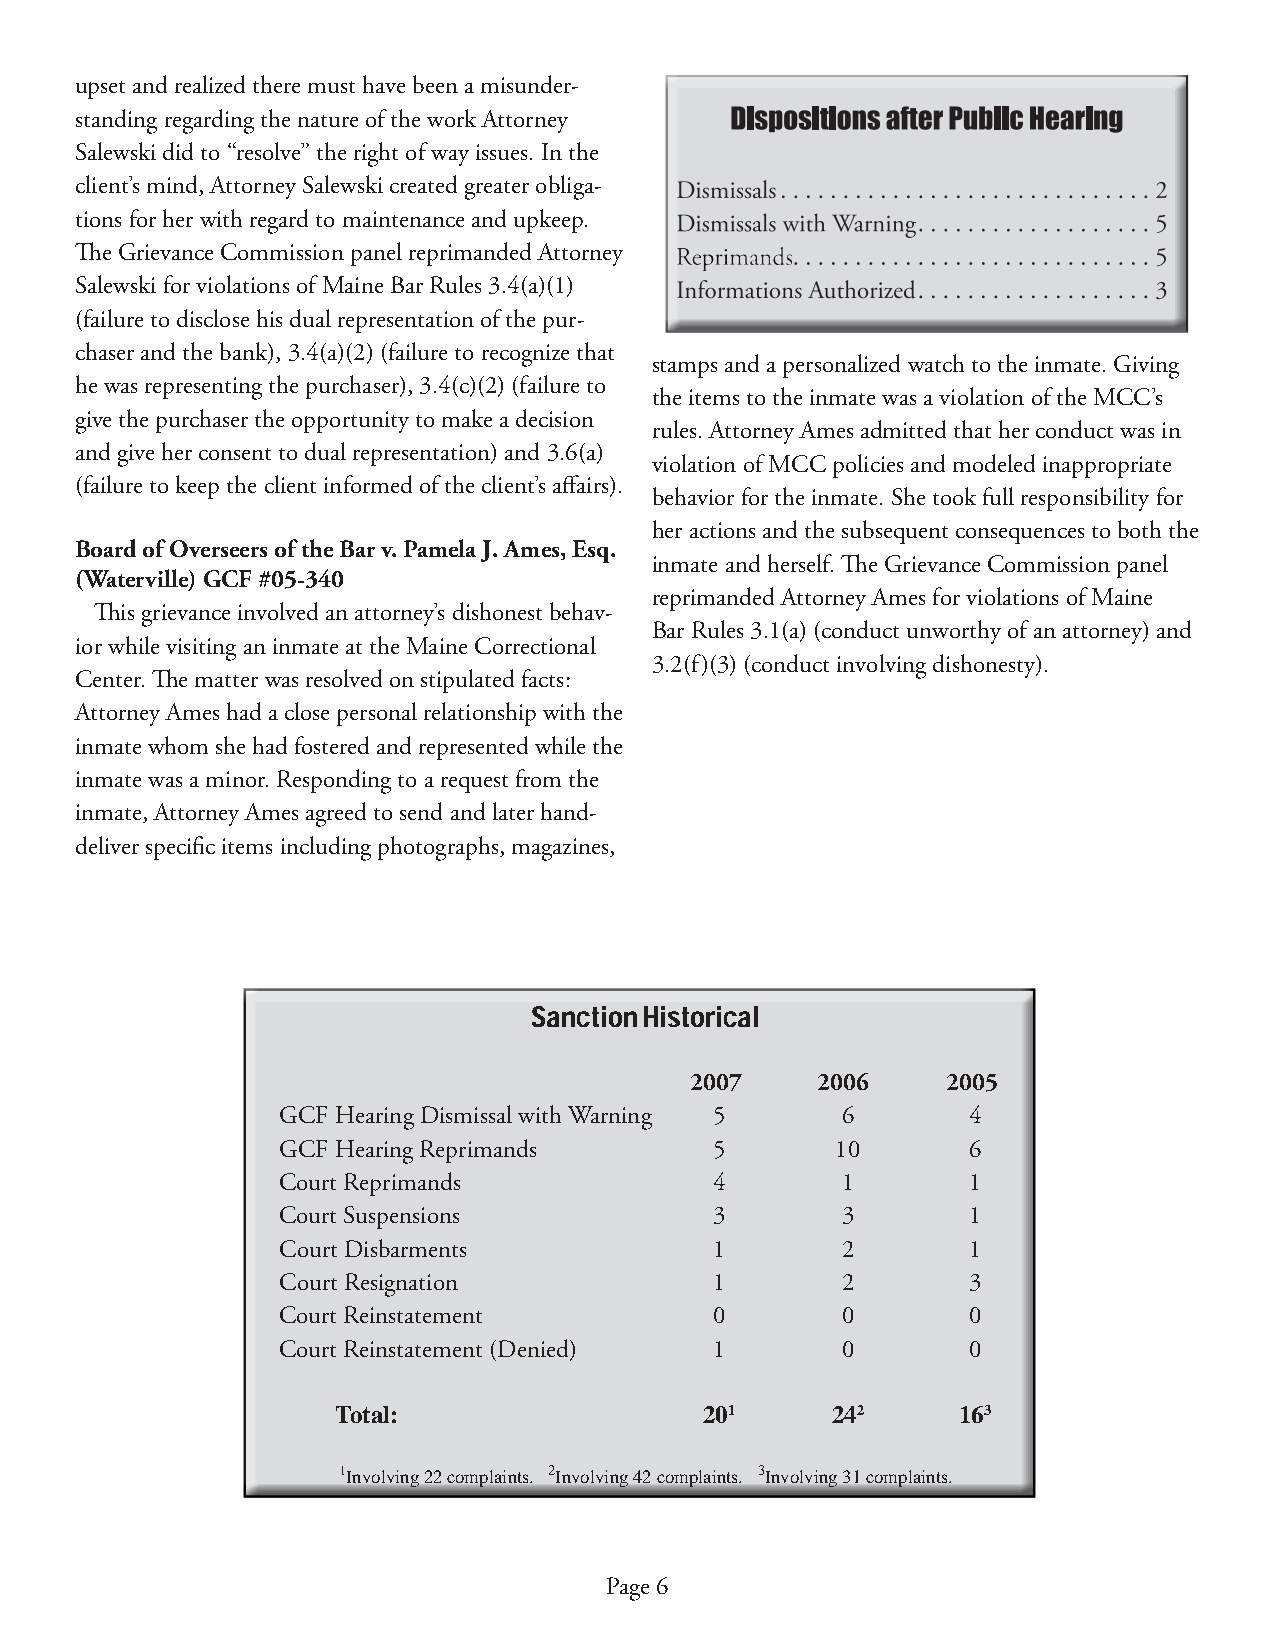
upset and realized there must have been a misunder-
 standing regarding the nature of the work Attorney
 Salewski did to “resolve” the right of way issues. In the
 client’s mind, Attorney Salewski created greater obliga-
 tions for her with regard to maintenance and upkeep.
 Th e Grievance Commission panel reprimanded Attorney
 Salewski for violations of Maine Bar Rules 3.4(a)(1)
 (failure to disclose his dual representation of the pur-
 chaser and the bank), 3.4(a)(2) (failure to recognize that
 stamps and a personalized watch to the inmate. Giving
 he was representing the purchaser), 3.4(c)(2) (failure to
 the items to the inmate was a violation of the MCC’s
 give the purchaser the opportunity to make a decision
 rules. Attorney Ames admitted that her conduct was in
 and give her consent to dual representation) and 3.6(a)
 violation of MCC policies and modeled inappropriate
 (failure to keep the client informed of the client’s aff airs).
 behavior for the inmate. She took full responsibility for
 her actions and the subsequent consequences to both the
 Board of Overseers of the Bar v. Pamela J. Ames, Esq.
 inmate and herself. Th e Grievance Commission panel
 (Waterville) GCF #05-340
 reprimanded Attorney Ames for violations of Maine
 Th is grievance involved an attorney’s dishonest behav-
 Bar Rules 3.1(a) (conduct unworthy of an attorney) and
 ior while visiting an inmate at the Maine Correctional
 3.2(f)(3) (conduct involving dishonesty).
 Center. Th e matter was resolved on stipulated facts:
 Attorney Ames had a close personal relationship with the
 inmate whom she had fostered and represented while the
 inmate was a minor. Responding to a request from the
 inmate, Attorney Ames agreed to send and later hand-
 deliver specifi c items including photographs, magazines,
 Sanction Historical
 2007    2006     2005
 GCF Hearing Dismissal with Warning 5  6       4
 GCF Hearing Reprimands       5       10       6
 Court Reprimands             4        1       1
 Court Suspensions            3        3       1
 Court Disbarments            1        2       1
 Court Resignation            1        2       3
 Court Reinstatement          0        0       0
 Court Reinstatement (Denied) 1        0       0
 Total:                   201     242     163
 1Involving 22 complaints. 2Involving 42 complaints. 3Involving 31 complaints.
 Page 6